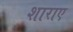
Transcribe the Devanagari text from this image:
शाराए